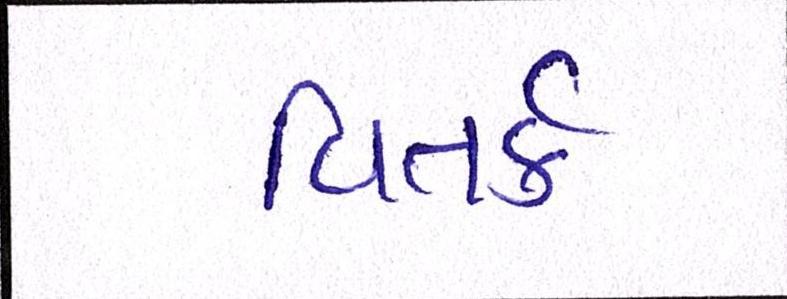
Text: વિતર્ક